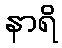
နာရိ